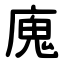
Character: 廆